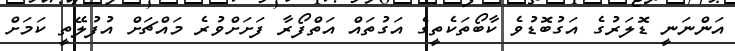
އަންނަނީ ޑޮލަރުގެ އަގުބޮޑުވެ ކާބޯތަކެތީގެ އަގުތައް އަތްފޯރާ ފަށަށްވުރެ މައްޗަށް އުފުލޭތީ ކަމަށް